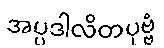
အပ္ပဒါလိတပုဗ္ဗံ